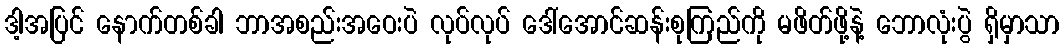
ဒါ့အပြင် နောက်တစ်ခါ ဘာအစည်းအဝေးပဲ လုပ်လုပ် ဒေါ်အောင်ဆန်းစုကြည်ကို မဖိတ်ဖို့နဲ့ ဘောလုံးပွဲ ရှိမှာသာ